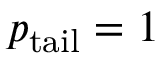
p _ { \mathrm { t a i l } } = 1